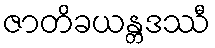
ဇာတိခယန္တဒဿီ